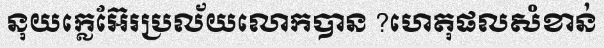
នុយក្លេអ៊ែរប្រល័យលោកបាន ?ហេតុផលសំខាន់